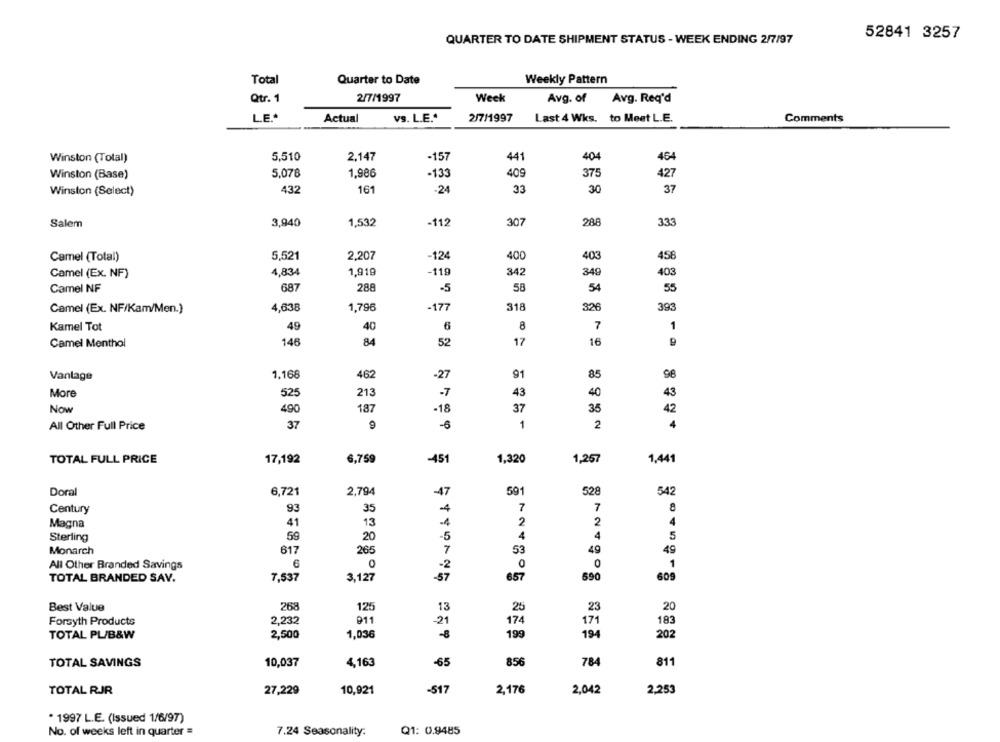
52841 3257
QUARTER TO DATE SHIPMENT STATUS - WEEK ENDING 2/7/97
Total
Quarter to Date
Weekly Pattern
2/7/1997
Qtr. 1
Week
Avg. of
Avg. Req'd
LE*
Actual
vs. L.E .*
2/7/1997
Last 4 Wks. to Meet L.E.
Comments
5,510
2.147
-157
441
Winston (Total)
404
464
Winston (Base)
5,076
1,986
133
409
375
427
Winston (Select)
432
161
-24
33
30
37
3,940
1,532
-112
307
288
333
Salem
Camel (Total)
5,521
2,207
-124
400
403
458
Camel (Ex. NF)
4,834
1,919
-119
342
349
403
Camel NF
687
288
-5
58
54
55
Camel (Ex. NF/Kam/Men.)
4,638
1,796
-177
318
326
393
Kamel Tot
49
40
6
8
7
1
146
84
52
17
16
Camel Menthol
Vanlage
1.168
462
-27
91
85
98
More
525
213
-7
43
40
43
Now
490
187
-18
37
35
42
37
-6
1
2
4
All Other Full Price
TOTAL FULL PRICE
17,192
6,759
451
1,320
1,257
1,441
591
528
Doral
6,721
2,794
-47
542
Century
93
35
-4
7
7
8
Magna
41
13
-4
2
2
4
59
4
4
5
Sterling
20
-5
Monarch
617
265
53
49
49
7
All Other Branded Savings
0
0
0
1
-2
TOTAL BRANDED SAV.
7,537
3,127
-57
6,57
690
609
Best Value
268
125
13
25
23
20
Forsyth Products
2,232
911
-21
174
171
183
TOTAL PL/B&W
2,500
1,036
-8
199
194
202
856
TOTAL SAVINGS
10,037
4,163
-65
784
811
TOTAL RJR
27,229
10,921
-517
2,176
2,042
2,253
* 1997 L.E. (Issued 1/6/97)
No. of weeks left in quarter =
7.24 Seasonality:
Q1: 0.9485